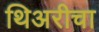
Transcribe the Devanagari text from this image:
थिअरीचा